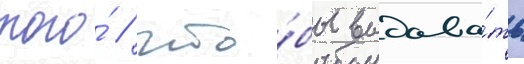
того́ / что́бы выдава́ть